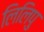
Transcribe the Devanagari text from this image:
लिलिपु